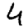
Digit: 4